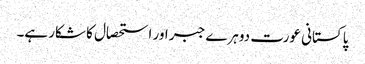
پاکستانی عورت دوہرے جبر اور استحصال کا شکار ہے۔